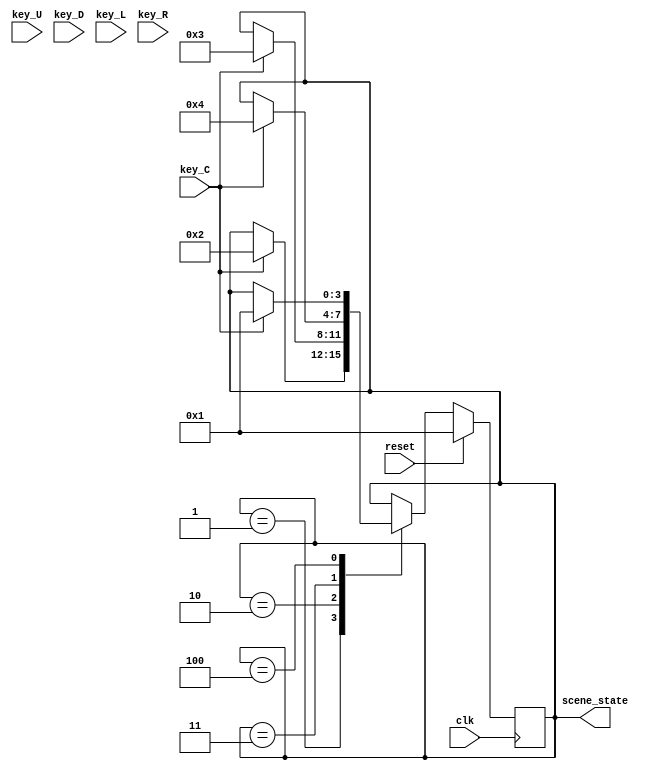
`timescale 1ns / 1ps
//////////////////////////////////////////////////////////////////////////////////
// Company: 
// Engineer: 
// 
// Design Name: 
// Module Name: state_control
// Project Name: 
// Target Devices: 
// Tool Versions: 
// Description: 
// 
// Dependencies: 
// 
// Revision:
// Revision 0.01 - File Created
// Additional Comments:
// 
//////////////////////////////////////////////////////////////////////////////////


module state_control(
    input key_C,
    input key_U,
    input key_D,
    input key_L,
    input key_R,
    input clk,
    input reset,
    output reg [3:0] scene_state
    );

parameter start_scene = 4'b0001;
parameter choose_scene = 4'b0010;
parameter fight_scene = 4'b0011;
parameter win_scene = 4'b0100;
reg [3:0] next_scene_state;
always @(posedge clk) begin
    if(reset)begin
        scene_state <= start_scene;
    end else begin
        scene_state <= next_scene_state;
    end
end

always @(*) begin
    case (scene_state)
        start_scene:begin
            if(key_C)
                next_scene_state = choose_scene;
            else begin
                next_scene_state = scene_state ;
            end
        end 
        choose_scene:begin
            if(key_C)
                next_scene_state = fight_scene;
            else begin
                next_scene_state = scene_state ;
            end
        end
        fight_scene:begin
            if(key_C)
                next_scene_state = win_scene;
            else begin
                next_scene_state = scene_state ;
            end
        end
        win_scene:begin
            if(key_C)
                next_scene_state = start_scene;
            else begin
                next_scene_state = scene_state ;
            end
        end
        default: 
            next_scene_state = scene_state;
    endcase
end


endmodule